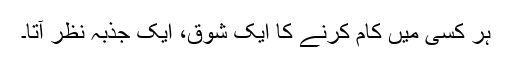
ہر کسی میں کام کرنے کا ایک شوق، ایک جذبہ نظر آتا۔